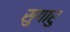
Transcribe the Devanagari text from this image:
सुगारु